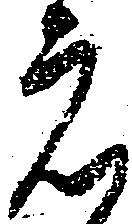
元